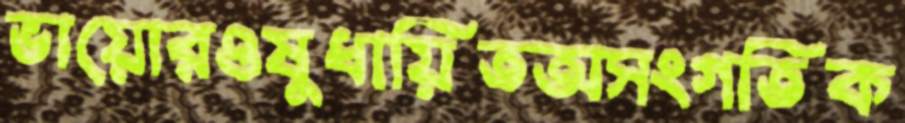
ভায়োরওষুধায়িতঅসংগতিক